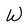
Character: W